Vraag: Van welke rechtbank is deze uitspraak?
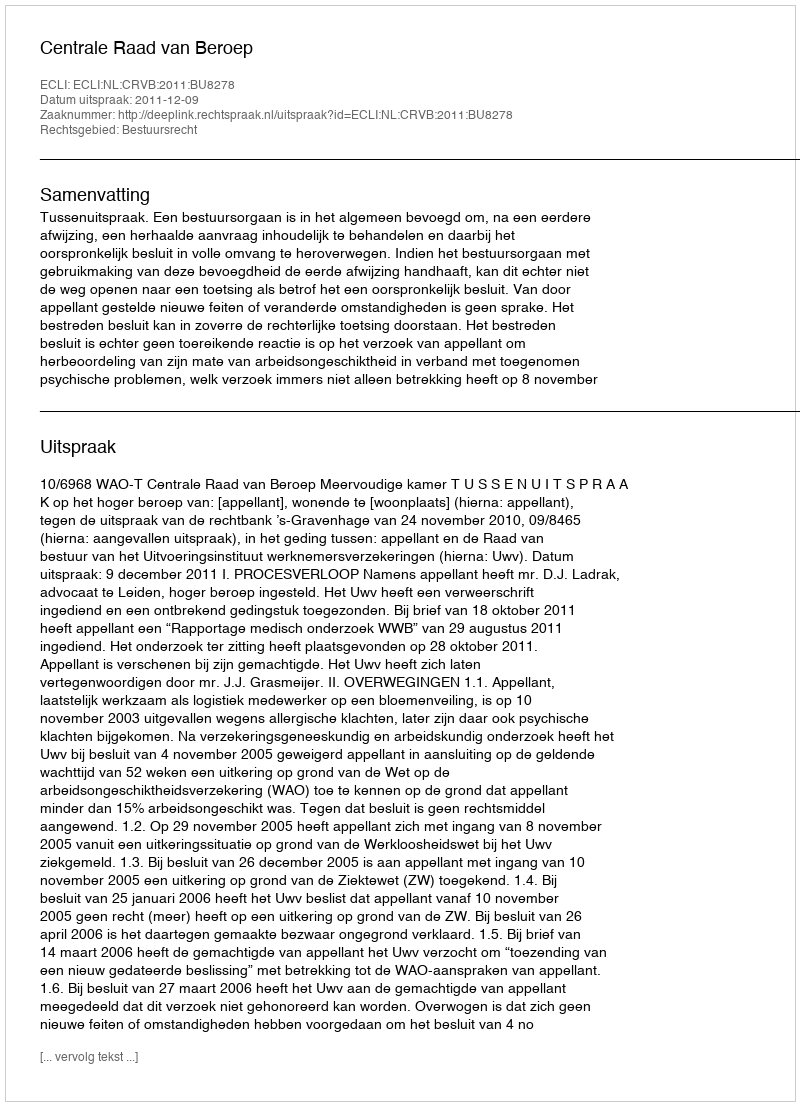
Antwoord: Centrale Raad van Beroep